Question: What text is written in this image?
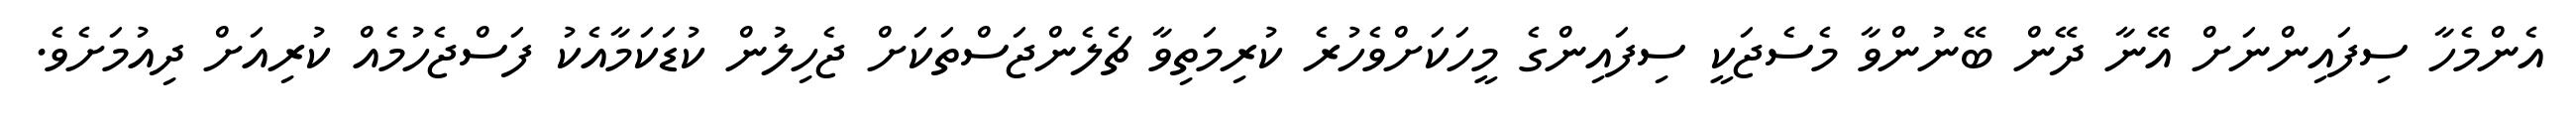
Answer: އެންމެހާ ސިފައިންނަށް އޭނާ ދޭން ބޭނުންވާ މެސެޖަކީ ސިފައިންގެ މީހަކަށްވެހުރެ ކުރިމަތިވާ ޗެލެންޖަސްތަކަށް ޖެހިލުން ކުޑަކަމާއެކު ފަސްޖެހުމެއް ކުރިއަށް ދިއުމަށެވެ.